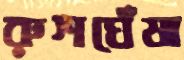
রুশঘেঁষা